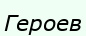
Героев